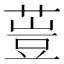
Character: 䔇